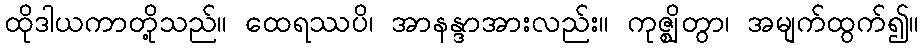
ထိုဒါယကာတို့သည်။ ထေရဿပိ၊ အာနန္ဒာအားလည်း။ ကုဇ္ဈိတွာ၊ အမျက်ထွက်၍။